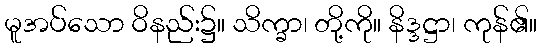
မူအပ်သော ဝိနည်း၌။ သိက္ခာ၊ တို့ကို။ နိဒ္ဒဋ္ဌာ၊ ကုန်၏။